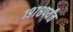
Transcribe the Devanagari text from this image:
१९७८पर्यंत